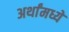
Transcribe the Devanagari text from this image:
अर्थांमध्ये